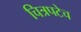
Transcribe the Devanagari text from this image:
चित्रपटेच